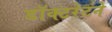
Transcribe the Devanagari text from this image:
डॉक्टरेटने